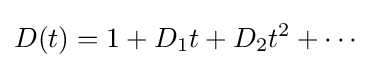
D(t)=1+D_{1}t+D_{2}t^{2}+\cdots